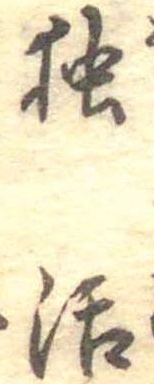
独活